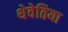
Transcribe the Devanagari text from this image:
थेवेतिया